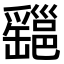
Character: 𤕆